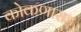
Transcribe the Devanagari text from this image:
कोकणासह